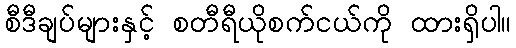
စီဒီချပ်များနှင့် စတီရီယိုစက်ငယ်ကို ထားရှိပါ။